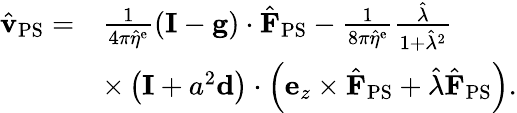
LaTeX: \begin{array}{rl}{\hat{\mathbf{v}}_{\mathrm{PS}}=}&{\frac{1}{4\pi\hat{\eta}^{\mathrm{e}}}(\mathbf{I}-\mathbf{g})\cdot\hat{\mathbf{F}}_{\mathrm{PS}}-\frac{1}{8\pi\hat{\eta}^{\mathrm{e}}}\frac{\hat{\lambda}}{1+\hat{\lambda}^{2}}}\\ &{\times\left(\mathbf{I}+a^{2}\mathbf{d}\right)\cdot\left(\mathbf{e}_{z}\times\hat{\mathbf{F}}_{\mathrm{PS}}+\hat{\lambda}\hat{\mathbf{F}}_{\mathrm{PS}}\right).}\end{array}